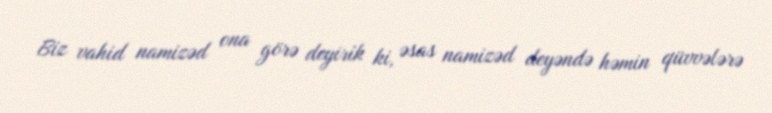
Biz vahid namizəd ona görə deyirik ki, əsas namizəd deyəndə həmin qüvvələrə